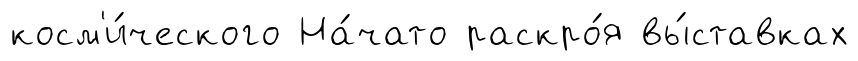
косм'и́ческого На́чато раскро́я вы́ставках